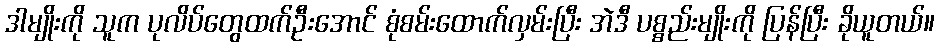
ဒါမျိုးကို သူက ပုလိပ်တွေထက်ဦးအောင် စုံစမ်းထောက်လှမ်းပြီး အဲဒီ ပစ္စည်းမျိုးကို ပြန်ပြီး ခိုယူတယ်။